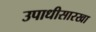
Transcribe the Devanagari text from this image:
उपाधीसारखा